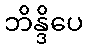
ဘိန္ဒိပေ